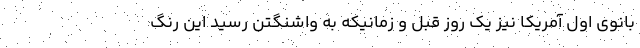
بانوی اول آمریکا نیز یک روز قبل و زمانیکه به واشنگتن رسید این رنگ